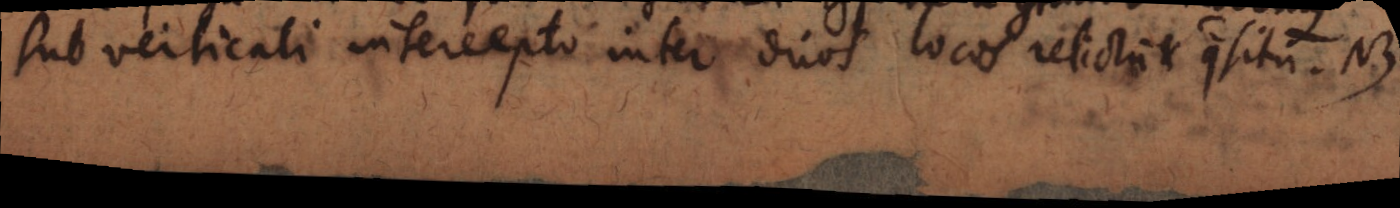
sub verticali intercepto inter duos locos relictum et quaesitum. NB